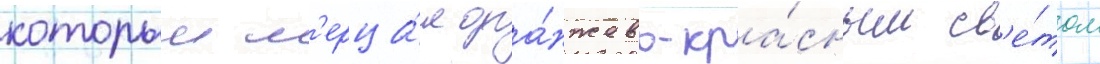
которыи м'ерца́л ора́нжево-кра́сным св'е́том